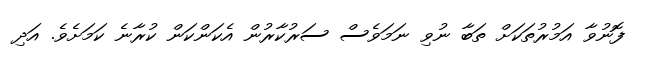
ފޮނުވާ އަމުރުތަކަށް ތަބާ ނުވި ނަމަވެސް ސަރުކާރުން އެކަންކަން ކުރާނެ ކަމަށެވެ. އަދި